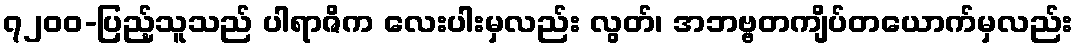
၇၂၀၀-ပြည့်သူသည် ပါရာဇိက လေးပါးမှလည်း လွတ်၊ အဘဗ္ဗတကျိပ်တယောက်မှလည်း